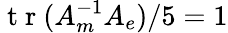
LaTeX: \mathrm{~t~r~}(A_{m}^{-1}A_{e})/5=1